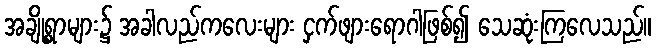
အချို့ရွာများ၌ အခါလည်ကလေးများ ငှက်ဖျားရောဂါဖြစ်၍ သေဆုံးကြလေသည်။